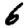
Digit: 6